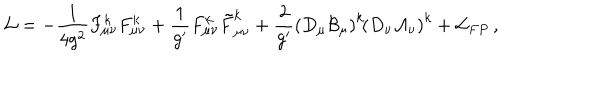
LaTeX: { \cal L } = - \frac { 1 } { 4 g ^ { 2 } } F _ { \mu \nu } ^ { k } F _ { \mu \nu } ^ { k } + \frac { 1 } { g ^ { \prime } } F _ { \mu \nu } ^ { k } \tilde { F } _ { \mu \nu } ^ { k } + \frac { 2 } { g ^ { \prime } } \left( D _ { \mu } \cal { B } _ { \mu } \right) ^ { k } \! \left( D _ { \nu } \cal { A } _ { \nu } \right) ^ { k } + { \cal L } _ { F P } \, ,